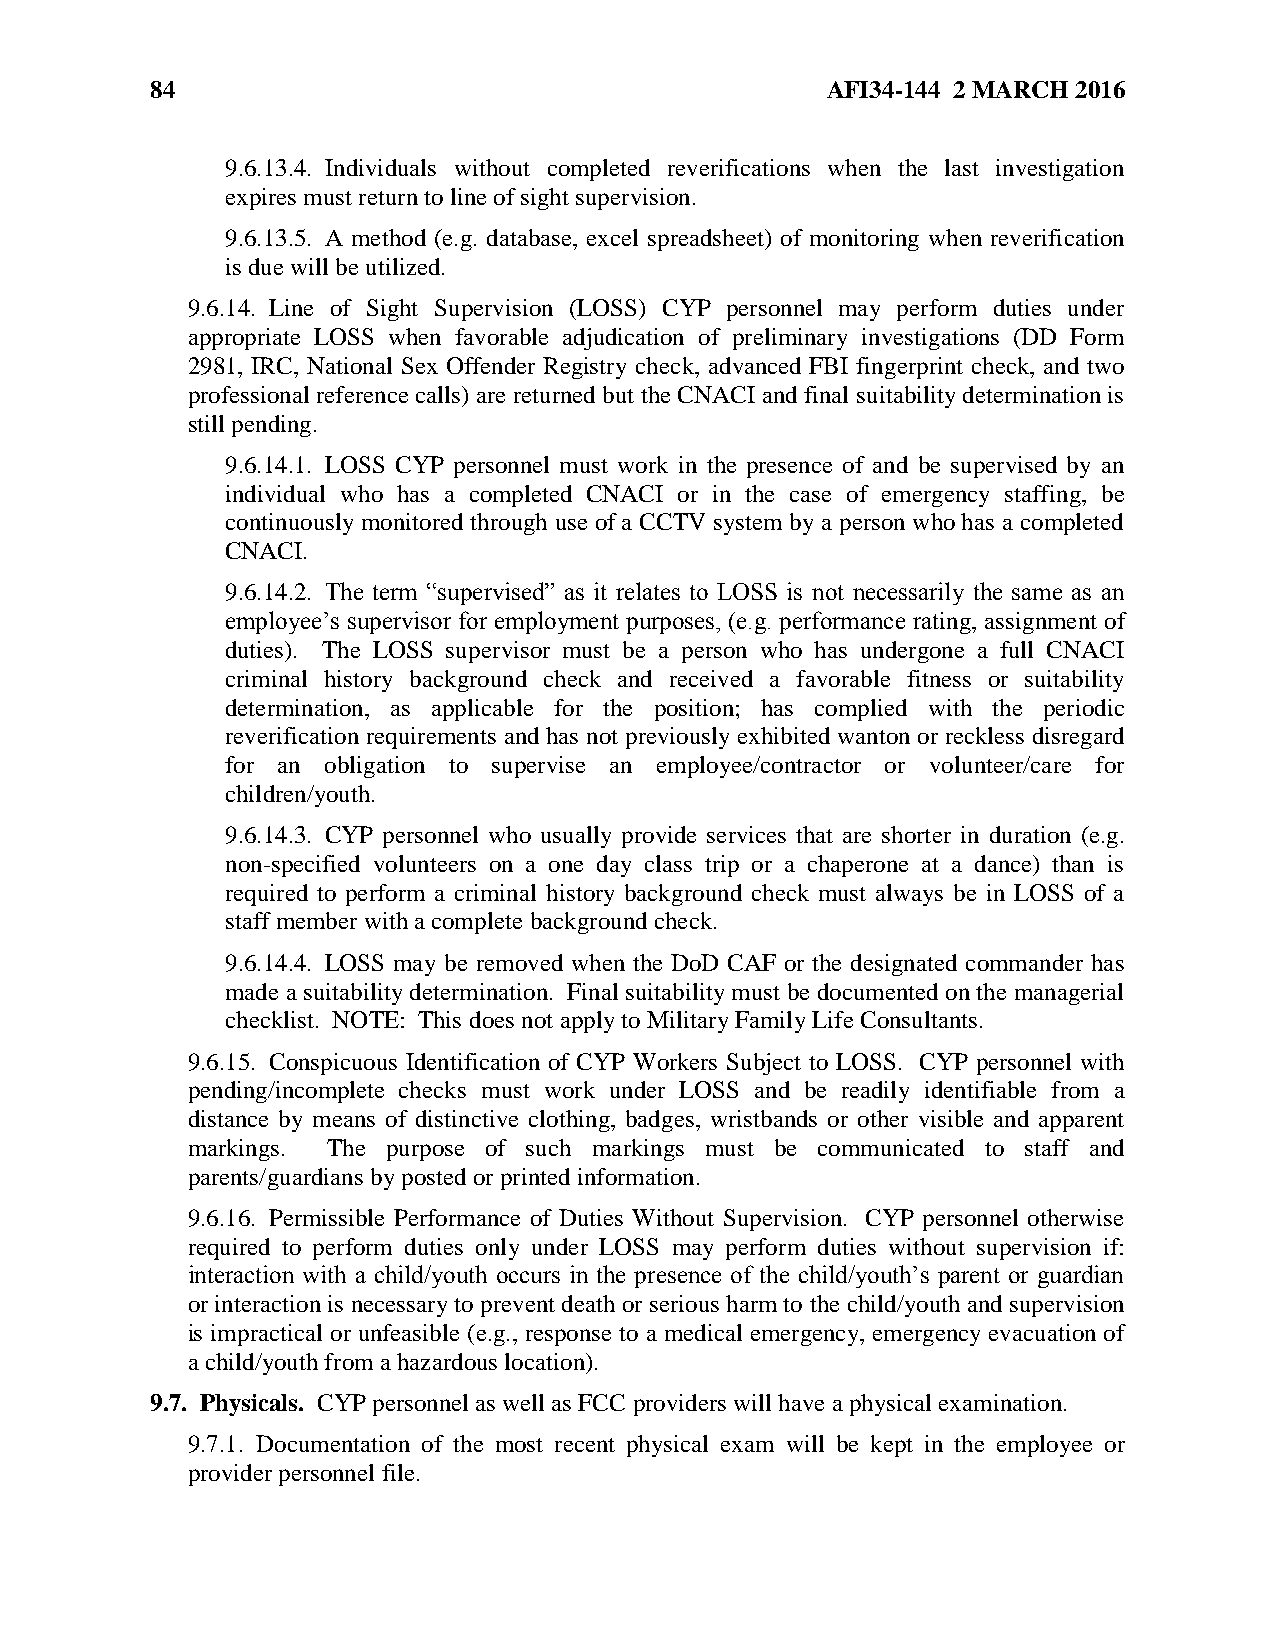
84                                           AFI34-144 2 MARCH 2016
 9.6.13.4. Individuals without completed reverifications when the last investigation
 expires must return to line of sight supervision.
 9.6.13.5. A method (e.g. database, excel spreadsheet) of monitoring when reverification
 is due will be utilized.
 9.6.14. Line of Sight Supervision (LOSS) CYP personnel may perform duties under
 appropriate LOSS when favorable adjudication of preliminary investigations (DD Form
 2981, IRC, National Sex Offender Registry check, advanced FBI fingerprint check, and two
 professional reference calls) are returned but the CNACI and final suitability determination is
 still pending.
 9.6.14.1. LOSS CYP personnel must work in the presence of and be supervised by an
 individual who has a completed CNACI or in the case of emergency staffing, be
 continuously monitored through use of a CCTV system by a person who has a completed
 CNACI.
 9.6.14.2. The term “supervised” as it relates to LOSS is not necessarily the same as an
 employee’s supervisor for employment purposes, (e.g. performance rating, assignment of
 duties). The LOSS supervisor must be a person who has undergone a full CNACI
 criminal history background check and received a favorable fitness or suitability
 determination, as applicable for the position; has complied with the periodic
 reverification requirements and has not previously exhibited wanton or reckless disregard
 for an obligation to supervise an employee/contractor or volunteer/care for
 children/youth.
 9.6.14.3. CYP personnel who usually provide services that are shorter in duration (e.g.
 non-specified volunteers on a one day class trip or a chaperone at a dance) than is
 required to perform a criminal history background check must always be in LOSS of a
 staff member with a complete background check.
 9.6.14.4. LOSS may be removed when the DoD CAF or the designated commander has
 made a suitability determination. Final suitability must be documented on the managerial
 checklist. NOTE: This does not apply to Military Family Life Consultants.
 9.6.15. Conspicuous Identification of CYP Workers Subject to LOSS. CYP personnel with
 pending/incomplete checks must work under LOSS and be readily identifiable from a
 distance by means of distinctive clothing, badges, wristbands or other visible and apparent
 markings. The purpose of such markings must be communicated to staff and
 parents/guardians by posted or printed information.
 9.6.16. Permissible Performance of Duties Without Supervision. CYP personnel otherwise
 required to perform duties only under LOSS may perform duties without supervision if:
 interaction with a child/youth occurs in the presence of the child/youth’s parent or guardian
 or interaction is necessary to prevent death or serious harm to the child/youth and supervision
 is impractical or unfeasible (e.g., response to a medical emergency, emergency evacuation of
 a child/youth from a hazardous location).
 9.7. Physicals. CYP personnel as well as FCC providers will have a physical examination.
 9.7.1. Documentation of the most recent physical exam will be kept in the employee or
 provider personnel file.